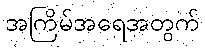
အကြိမ်အရေအတွက်